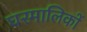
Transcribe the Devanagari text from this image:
घरमालिकों